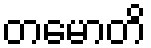
တမောတိ